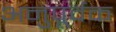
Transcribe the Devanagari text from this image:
अनुपूर्वक